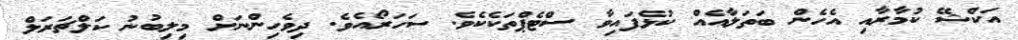
އަކްޝޭ ކުމާރާއި އެހެން ބަތަލާއެއް ކުޅެފައިވާ ސްޓެޕްތަކެކެވެ. ސަހަރޯއެވެ. ދިވެހިންނަށް މިލިބުނު ކަލްޗަރަލް